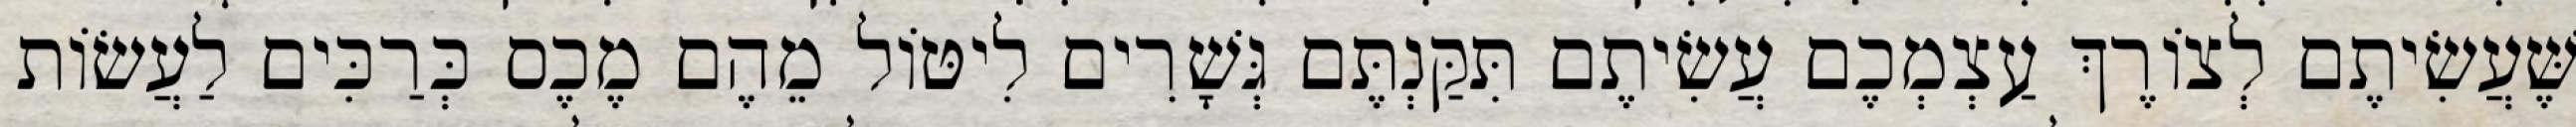
שֶּׁעֲשִׂיתֶם לְצוֹרֶךְ עַצְמְכֶם עֲשִׂיתֶם תִּקַּנְתֶּם גְּשָׁרִים לִיטּוֹל מֵהֶם מֶכֶס כְּרַכִּים לַעֲשׂוֹת